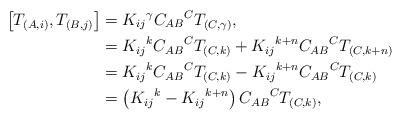
LaTeX: \begin{align*}\left[ T_{(A,i)},T_{(B,j)}\right] & =K_{ij}{}^{\gamma}C_{AB}{}^{C}T_{(C,\gamma)},\\& =K_{ij}{}^{k}C_{AB}{}^{C}T_{(C,k)}+K_{ij}{}^{k+n}C_{AB}{}^{C}T_{(C,k+n)}\\& =K_{ij}{}^{k}C_{AB}{}^{C}T_{(C,k)}-K_{ij}{}^{k+n}C_{AB}{}^{C}T_{(C,k)}\\& =\left( K_{ij}{}^{k}-K_{ij}{}^{k+n}\right) C_{AB}{}^{C}T_{(C,k)},\end{align*}